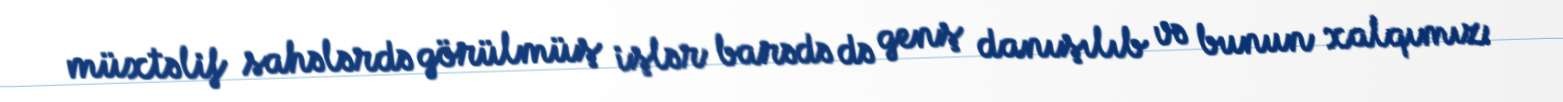
müxtəlif sahələrdə görülmüş işlər barədə də genş danışılıb və bunun xalqımız